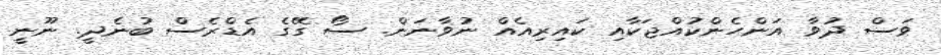
ވަސް ދުވާ އަންހެންކުއްޖަކާއި ކައިރިއެއް ނުވާނަން. ސޯ ގޭގެ އެޑްރެސް ބުނެދީ. ނޫނީ